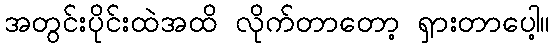
အတွင်းပိုင်းထဲအထိ လိုက်တာတော့ ရှားတာပေါ့။